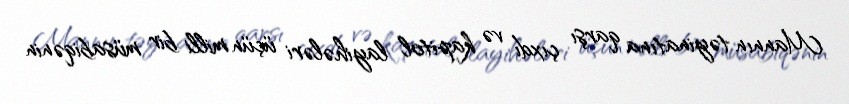
Mannın təyinatına qarşı çıxdı və kapitol layihələri üçün milli bir müsabiqənin